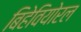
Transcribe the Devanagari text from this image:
बिहेवियोरल